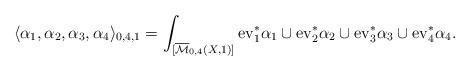
LaTeX: \begin{align*}\langle\alpha_1,\alpha_2,\alpha_3,\alpha_4 \rangle_{0,4,1}=\int_{[\overline{\mathcal{M}}_{0,4}(X,1)]}\mathrm{ev}_1^* \alpha_1\cup \mathrm{ev}_2^* \alpha_2\cup \mathrm{ev}_3^* \alpha_3\cup \mathrm{ev}_4^* \alpha_4.\end{align*}